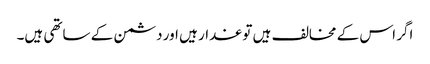
اگر اس کے مخالف ہیں تو غدار ہیں اور دشمن کے ساتھی ہیں۔